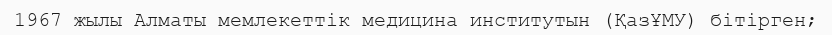
1967 жылы Алматы мемлекеттік медицина институтын (ҚазҰМУ) бітірген;